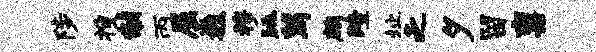
陟搜黼丙屈巍穆眺舄鹧殪址乏夕留禀